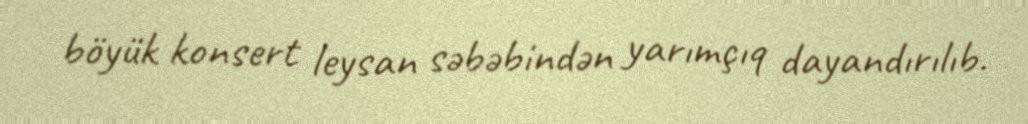
böyük konsert leysan səbəbindən yarımçıq dayandırılıb.